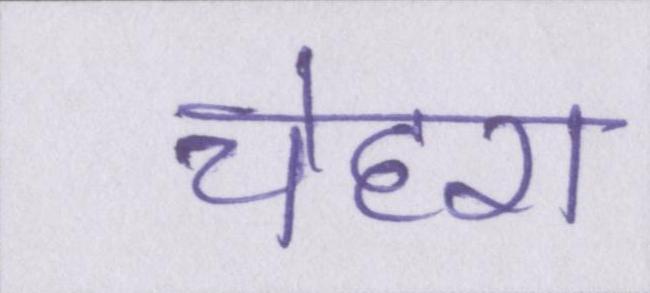
चेहरा